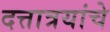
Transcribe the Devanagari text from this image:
दत्तात्रयांचे